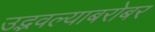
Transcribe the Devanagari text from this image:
उद्भवल्याबरोबर